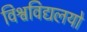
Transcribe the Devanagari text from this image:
विश्वविद्यलयो